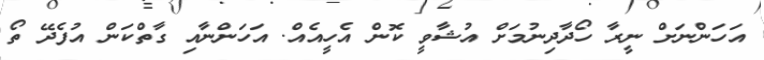
އަހަންނަށް ނީރާ ހޯދާދިނުމަށް އުޝާވީ ކޮން އެހީއެއް. އަހަންނާއި ގާތްކަން އުފެދޭ ތޯ